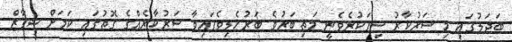
ބަދަލުގައި މި ސަރުކާރު ސިފަކުރެވެނީ މަތިބަރުވެ ބަރުހެލިވެފައިވާ ސަރުކާރެއްގެ ގޮތުގައި ކަމަށް ޝިފާޒް